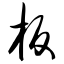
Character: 板